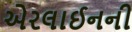
એરલાઈનની